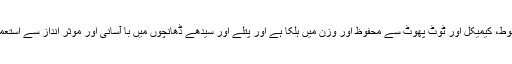
یہ ٹیپ انتہائی مضبوط، کیمیکل اور ٹوٹ پھوٹ سے محفوظ اور وزن میں ہلکا ہے اور پتلے اور سیدھے ڈھانچوں میں با آسانی اور موثر انداز سے استعمال کیا جا سکتا ہے۔